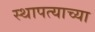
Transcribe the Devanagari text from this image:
स्थापत्याच्या